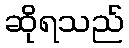
ဆိုရသည်